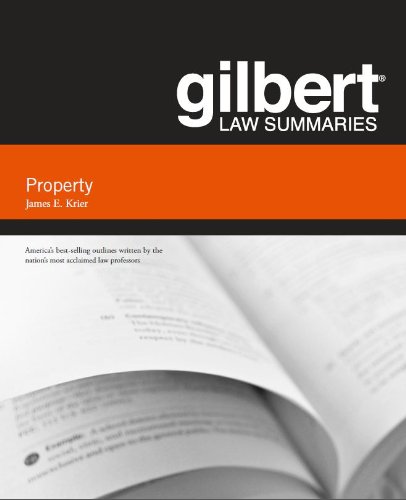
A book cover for Gilbert Law Summary on Property (Gilbert Law Summaries); James Krier; Law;